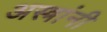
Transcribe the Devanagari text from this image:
अस्त्रांनी